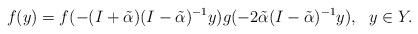
LaTeX: \begin{align*}f(y)=f(-(I+\tilde\alpha)(I-\tilde\alpha)^{-1} y)g(-2\tilde\alpha (I-\tilde\alpha)^{-1} y), \ \ y\in Y.\end{align*}